Tezpur Lunatic Asylum reports 1895-1904 - 1895-1904
Year: 1895
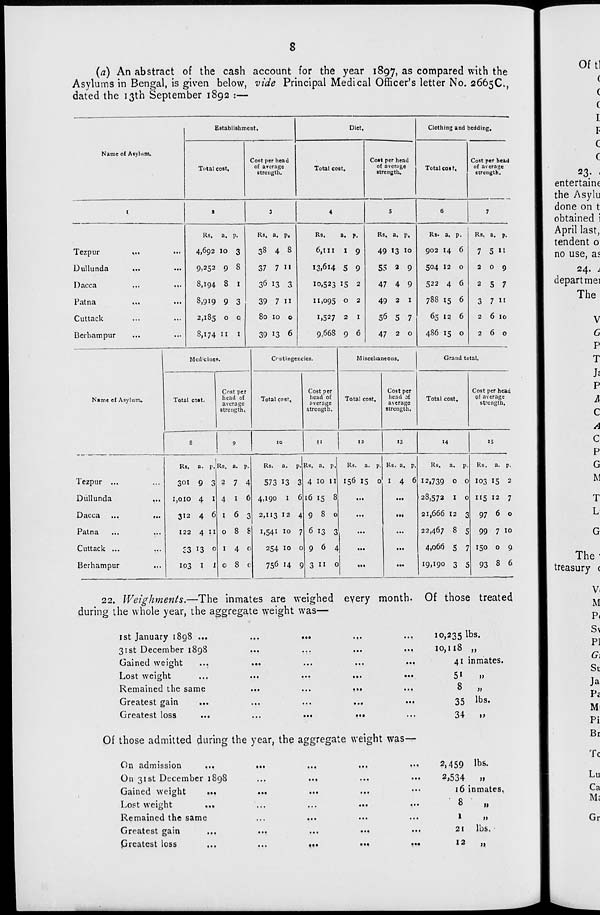
8
(a) An abstract of the cash account for the year 1897, as compared with the
Asylums in Bengal, is given below, vide Principal Medical Officer's letter No. 2665C,
dated the 13th September 1892 :—
Name oC Asylum.
Establishment.
Total cost.
Cost per head
of aTcrage
strength.
Diet.
Total cost.
Cost per head
of average
strength.
Clothing and bedding.
Total cost.
Cost per head
of average
strength.
Tezpur
Dullunda
Dacca
Patna
Cuttack
Berhampur
Rs. a. p.
4,692 10 3
9,252 9 8
8,194 8 1
8,919 9 3
2,185 0 0
8,174 11 1
Rs. a. p.
38 4 8
37 7 11
36 13 3
39 7 11
80 10 0
39 13 6
Rs,
a. p.
6,III
1 9
I3.6I4 5 9
10,523 15 2
11,095 o 2
1,527 2 1
9,668 9 6
Rs, a. p,
49 13 10
55 a 9
47 4 9
49 2 1
56 5 7
47 2 o
Rs. a, P-
902 14 6
504 12 0
522 4 6
788 15 6
65 12 6
486 15 0
Rs. a. p.
7 5 »i
209
2 5 7
3 7 11
2 6 10
260
Name of Asylum.
Medicines.
Total cost.
Cost per
head of
average
strength,
C<- ntingencies.
Total cost,
Cost per
head of
average
strength.
Miscellaneous.
Grand total.
Total cost.
Cost per
head of
average
strength,
Total cost.
Cost per head
of average
strength.
13
H
15
Tezpur ...
Dullunda
Dacca
Patna
Cuttack ...
Berhampur
Rs. a. P. Rs. a. p.
301 9 3 2 7 4
I,OIO 4 I 4 1 6
312 4 6 1 6 3
122 4 11 0 8 8
•3 13 0 I 4 0
103 1 1 0 8 0
Rs. a. p
573 13 3
4,190 I 6
2,113 12 4
1,541 10 7
254 10 o
756 14 9
Rs. a. p,
4 10 II
16 15 8
980
6 13 3
964
3 11 o
Rs. a. P. Rs. a. P.
156 15 0 I 4 6
...
...
...
111
...
...
...
...
...
...
Rs. a. p.
12,739 O O
28,572 I O
21,666 12 3
22,467 8 5
4,066 s 7
19.190 3 5
Rs. a. p.
I03 15 2
115 12 7
97 6 o
99 7 10
150 o 9
93 8 6
22. Weighments.—The inmates are weighed every month. Of those treated
during the whole year, the aggregate weight was—
1st January 1898 ...
31st December 1898
Gained weight
...
Lost weight
Remained the same
Greatest gain
Greatest loss
...
...
• ••
■ •«
10,235 lbs.
•M
10,118 ,,
•••
41 inmates
• *•
51
»
. ..
8 „
...
35 lbs -
...
34
,,
Of those admitted during the year, the aggregate weight was—
On admission
...
On 31st December 1898
Gained weight
...
Lost weight
..,
Remained the same
Greatest gain
Greatest loss
...
...
...
...
...
...
...
...
...
...
...
...
M«
• ••
...
•••
2,459 lbs.
2,534
»
16 inmates,
8
„
1
11
21
lbs.
12
„